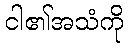
ငါ၏အသံကို